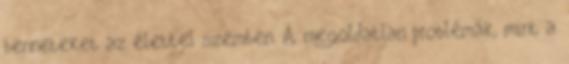
benneteket az élettel szemben. A megoldatlan problémák, mint a